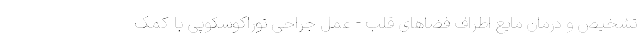
تشخیص و درمان مایع اطراف فضاهای قلب - عمل جراحی توراکوسکوپی با کمک